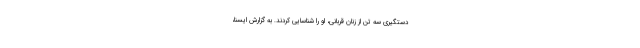
دستگیری سه تن از زنان قربانی، او را شناسایی کردند. به گزارش ایسنا،